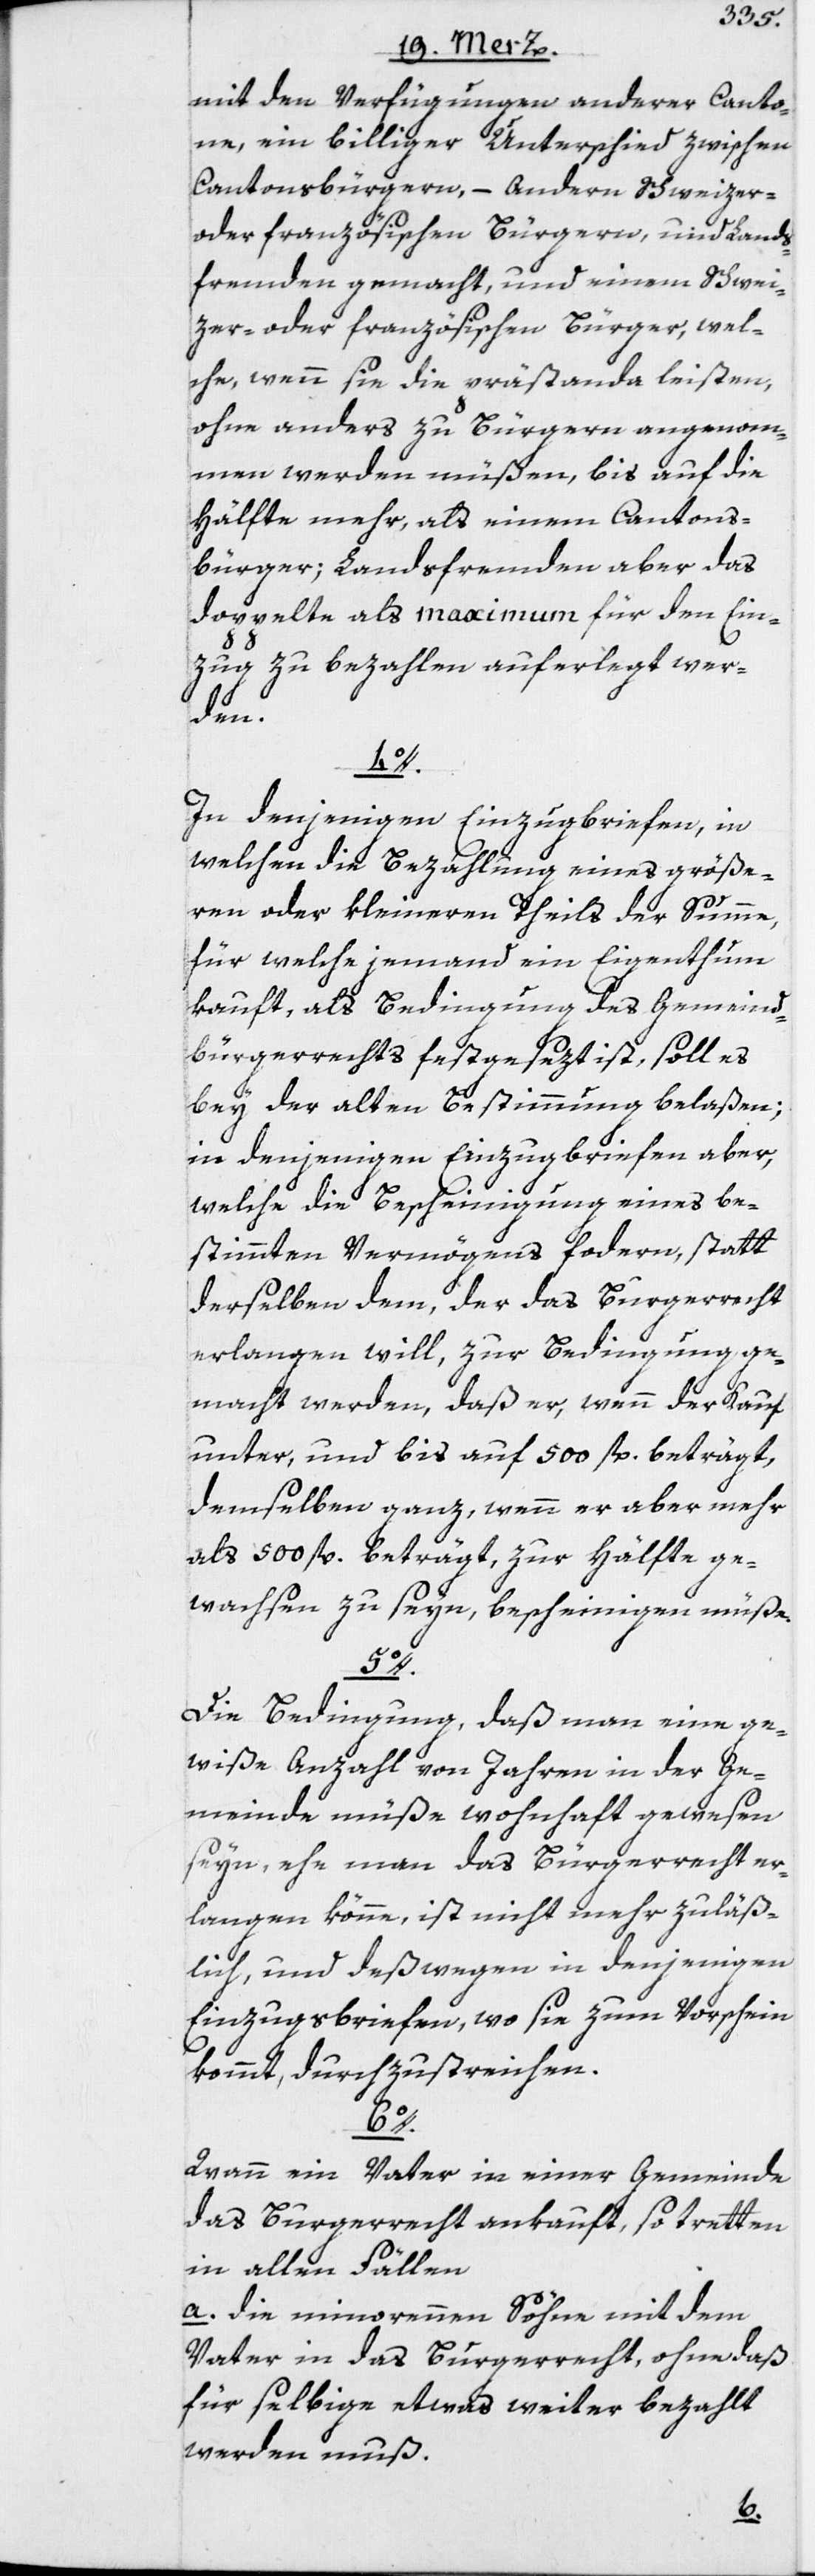
mit den Verfügungen anderer Canto¬
ne, ein billiger Unterschied zwischen
Cantonsbürgern, – Andern Schweizer-
oder französischen Bürgern, und Lands¬
fremden gemacht, und einem Schwei¬
zer- oder französischen Bürger, wel¬
che, wenn sie die prästanda leisten,
ohne anders zu Bürgern angenom¬
men werden müßen, bis auf die
Hälfte mehr, als einem Cantons¬
bürger; Landsfremden aber das
doppelte als maximum für den Ein¬
zug zu bezahlen auferlegt wer¬
den.
4o.
In denjenigen Einzugbriefen, in
welchen die Bezahlung eines größe¬
ren oder kleineren Theils der Summe,
für welche jemand ein Eigenthum
kauft, als Bedingung des Gemeind¬
bürgerrechts festgesezt ist, soll es
bey der alten Bestimmung belaßen;
in denjenigen Einzugbriefen aber,
welche die Bescheinigung eines be¬
stimmten Vermögens fordern, statt
derselben dem, der das Bürgerrecht
erlangen will, zur Bedingung ge¬
macht werden, daß er, wenn der Kauf
unter, und bis auf 500 fl. beträgt,
demselben ganz, wenn er aber mehr
als 500 fl. beträgt, zur Hälfte ge¬
wachsen zu seyn, bescheinigen müße.
5o.
Die Bedingung, daß man eine ge¬
wiße Anzahl von Jahren in der Ge¬
meinde müße wohnhaft gewesen
seyn, ehe man das Bürgerrecht er¬
langen könne, ist nicht mehr zuläß¬
lich, und deßwegen in denjenigen
Einzugsbriefen, wo sie zum Vorschein
kommt, durchzustreichen.
6o.
Wann ein Vater in einer Gemeinde
das Burgerrecht ankauft, so tretten
in allen Fällen
a. die minorennen Söhne mit dem
Vater in das Burgerrecht, ohne daß
für selbige etwas weiter bezahlt
werden muß.